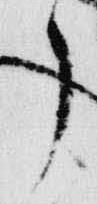
了